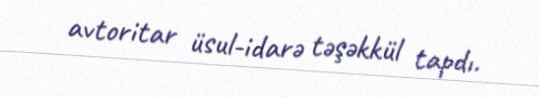
avtoritar üsul-idarə təşəkkül tapdı.